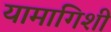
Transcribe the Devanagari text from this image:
यामागिशी